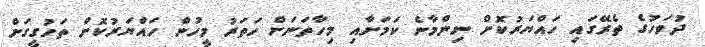
ދުވަހުގެ ތެރޭގައި ހައްޔަރުކޮށް ނިންމާނެ ކަމަށާއި މިހާތަނަށް ހަތަރު މީހުން ހައްޔަރުކޮށް ތަހުގީގަށް